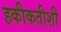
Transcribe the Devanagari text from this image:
हकीकतीशी